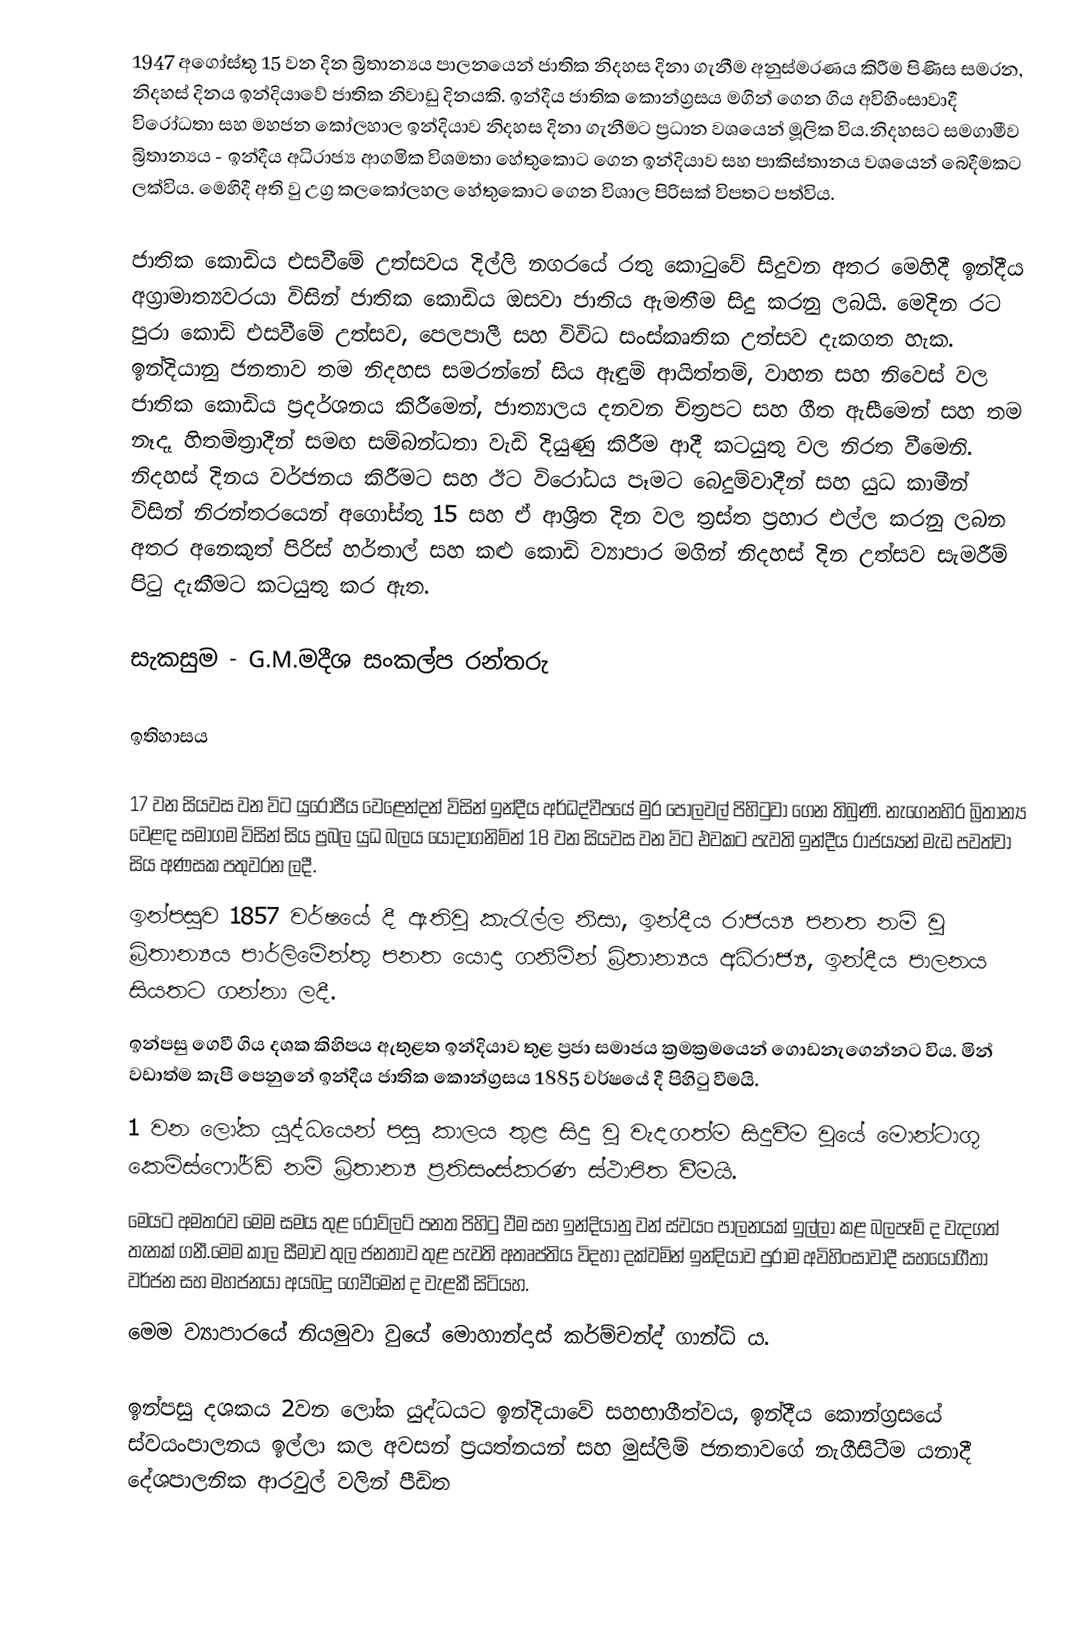
1947 අගෝස්තු 15 වන දින බ්‍රිතාන්‍යය පාලනයෙන් ජාතික නිදහස දිනා ගැනීම අනුස්මරණය කිරීම පිණිස සමරන, නිදහස් දිනය ඉන්දියාවේ ජාතික නිවාඩු දිනයකි. ඉන්දීය ජාතික කොන්ග්‍රසය මගින් ගෙන ගිය අවිහිංසාවාදී විරෝධතා සහ මහජන කෝලහාල ඉන්දියාව නිදහස දිනා ගැනීමට ප්‍රධාන වශයෙන් මූලික විය.නිදහසට සමගාමීව බ්‍රිතාන්‍යය - ඉන්දීය අධිරාජ්‍ය ආගමික විශමතා හේතුකොට ගෙන ඉන්දියාව සහ පාකිස්තානය වශයෙන් බෙදීමකට ලක්විය. මෙහිදී අති වු උග්‍ර කලකෝලහල හේතුකොට ගෙන විශාල පිරිසක් විපතට පත්විය.

ජාතික කොඩිය එසවීමේ උත්සවය දිල්ලි නගරයේ රතු කොටුවේ සිදුවන අතර මෙහිදී ඉන්දීය අග්‍රාමාත්‍යවරයා විසින් ජාතික කොඩිය ඔසවා ජාතිය ඇමතීම සිදු කරනු ලබයි. මෙදින රට පුරා කොඩි එසවීමේ උත්සව, පෙලපාලී සහ විවිධ සංස්කෘතික උත්සව දැකගත හැක. ඉන්දියානු ජනතාව තම නිදහස සමරන්නේ සිය ඇඳුම් ආයිත්තම්, වාහන සහ නිවෙස් වල ජාතික කොඩිය ප්‍රදර්ශනය කිරීමෙන්, ජාත්‍යාලය දනවන චිත්‍රපට සහ ගීත ඇසීමෙන් සහ තම නෑදෑ හිතමිත්‍රාදීන් සමඟ සම්බන්ධතා වැඩි දියුණු කිරීම ආදී කටයුතු වල නිරත වීමෙනි. නිදහස් දිනය වර්ජනය කිරීමට සහ ඊට විරෝධය පෑමට බෙදුම්වාදීන් සහ යුධ කාමීන් විසින් නිරන්තරයෙන් අගෝස්තු 15 සහ ඒ ආශ්‍රිත දින වල ත්‍රස්ත ප්‍රහාර එල්ල කරනු ලබන  අතර අනෙකුත් පිරිස් හර්තාල් සහ කළු කොඩි ව්‍යාපාර මගින් නිදහස් දින උත්සව සැමරීම් පිටු දැකීමට කටයුතු කර ඇත.

සැකසුම - G.M.මදීශ සංකල්ප රන්තරු

ඉතිහාසය

17 වන සියවස වන විට යුරෝපීය වෙළෙන්දන් විසින් ඉන්දීය අර්ධද්වීපයේ මුර පොලවල් පිහිටුවා ගෙන තිබුණි. නැගෙනහිර බ්‍රිතාන්‍ය වෙළඳ සමාගම විසින් සිය ප්‍රබල යුධ බලය යොදාගනිමින් 18 වන සියවස වන විට  එවකට පැවති ඉන්දීය රාජ‍ය්‍යන් මැඩ පවත්වා සිය අණසක පතුවරන ලදී.
ඉන්පසුව 1857  වර්ෂයේ  දී ඇතිවූ කැරැල්ල නිසා, ඉන්දීය රාජය්‍ය පනත නම් වු බ්‍රිතාන්‍යය පාර්ලිමේන්තු පනත යොදා ගනිමින් බ්‍රිතාන්‍යය අධිරාජ්‍ය, ඉන්දීය පාලනය සියතට ගන්නා ලදී.
ඉන්පසු ගෙවී ගිය දශක කිහිපය ඇතුළත ඉන්දියාව තුළ ප්‍රජා සමාජය ක්‍රමක්‍රමයෙන් ගොඩනැගෙන්නට විය. මින් වඩාත්ම කැපී පෙනුනේ ඉන්දීය ජාතික කොන්ග්‍රසය 1885 වර්ෂයේ දී පිහිටු වීමයි.
1 වන ලෝක යුද්ධයෙන් පසු කාලය තුළ සිදු වු වැදගත්ම සිදුවීම වුයේ මොන්ටාගූ කෙම්ස්ෆෝර්ඩ් නම් බ්‍රිතාන්‍ය ප්‍රතිසංස්කරණ ස්ථාපිත වීමයි.
මෙයට අමතරව මෙම සමය තුළ  රොව්ලට් පනත පිහිටු වීම සහ ඉන්දියානු වන්  ස්වයං පාලනයක් ඉල්ලා කළ බලපෑම් ද වැදගත් තැනක් ගනී.මෙම කාල සීමාව තුල ජනතාව තුළ පැවති අතෘප්තිය විදහා දක්වමින් ඉන්දියාව පුරාම අවිහිංසාවාදී සහයෝගීතා වර්ජන සහ මහජනයා අයබදු ගෙවීමෙන් ද වැළකී සිටියහ.
මෙම ව්‍යාපාරයේ නියමුවා වුයේ මොහාන්දාස් කර්ම්චන්ද් ගාන්ධි ය.

ඉන්පසු දශකය 2වන ලෝක යුද්ධයට ඉන්දියාවේ සහභාගීත්වය, ඉන්දීය කොන්ග්‍රසයේ ස්වයංපාලනය ඉල්ලා කල අවසන් ප්‍රයත්නයන් සහ මුස්ලිම් ජනතාවගේ නැගීසිටීම යනාදී දේශපාලනික ආරවුල් වලින් පීඩිත